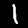
Digit: 1